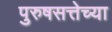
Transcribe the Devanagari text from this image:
पुरुषसत्तेच्या